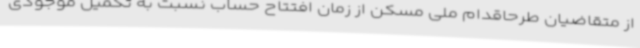
از متقاضیان طرحاقدام ملی مسکن از زمان افتتاح حساب نسبت به تکمیل موجودی